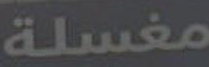
مغسلة